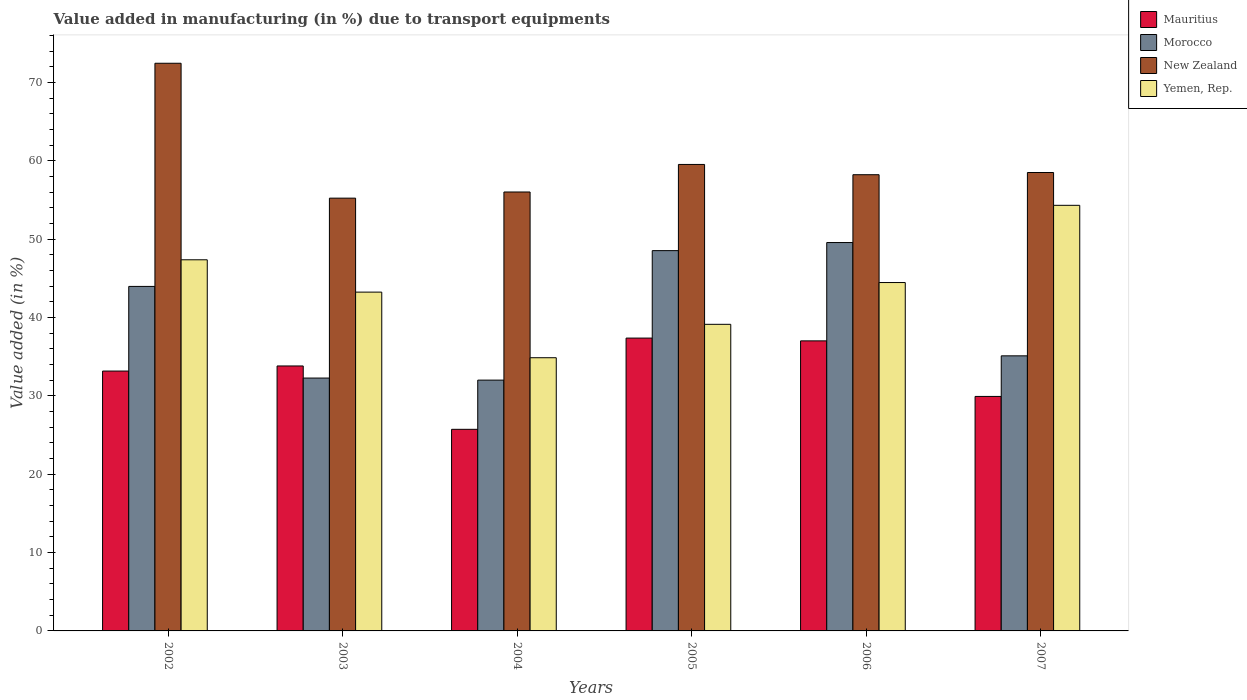
| Years | Mauritius | Morocco | New Zealand | Yemen, Rep. |
 | --- | --- | --- | --- | --- |
 | 2002 | 33.2 | 44 | 72.4 | 47.4 |
 | 2003 | 33.8 | 32.3 | 55.2 | 43.2 |
 | 2004 | 25.7 | 32 | 56 | 34.9 |
 | 2005 | 37.4 | 48.5 | 59.5 | 39.1 |
 | 2006 | 37 | 49.6 | 58.2 | 44.5 |
 | 2007 | 29.9 | 35.1 | 58.5 | 54.3 |